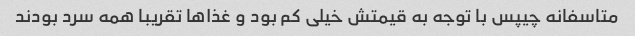
متاسفانه چیپس با توجه به قیمتش خیلی کم بود و غذاها تقریبا همه سرد بودند